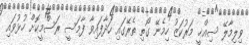
ވިލިމާލޭ ސިއްޚީ މަރުކަޒު ހިމެނޭ ގޯތި ތެރޭގައި ހަދާފައިވާ ފާމަސީ ރަސްމީކޮށް ހުޅުވައި